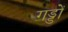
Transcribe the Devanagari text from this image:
गड्डों